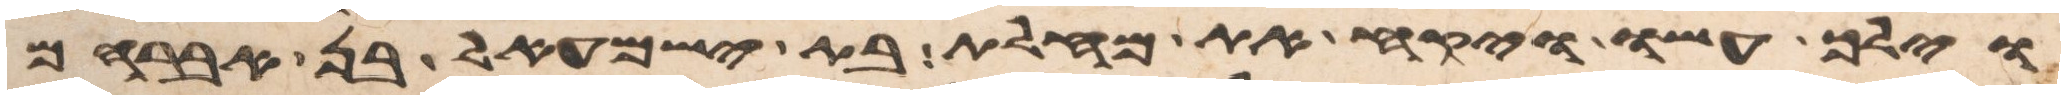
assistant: וילך עשו ויקח את מחלת בת ישמעאל בן אברהם